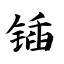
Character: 锸